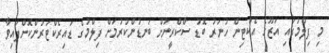
މި ފިލްމުގައި އަޒޫގެ އެކްޓިން ހުނަރު ބޮޑު ސްކްރީނަށް ބަނޑުންކުރުމަށް ފިލްމުގެ ޑައިރެކްޓަރުންކޮށްފައިވާ